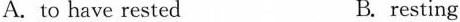
A. to have rested B. resting